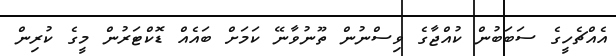
އެއްޗެހީގެ ސަބަބުން ކުއްޖާގެ ވިސްނުން ތޫނުވާނޭ ކަމަށް ބައެއް ޑޮކްޓަރުން މީގެ ކުރިން